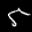
Label: 5